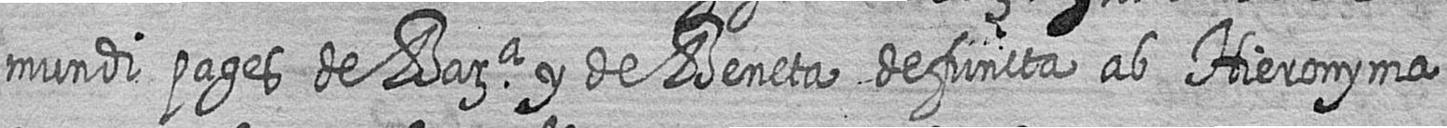
mundi pages de Bara y de Beneta defuncta ab Hieronyma